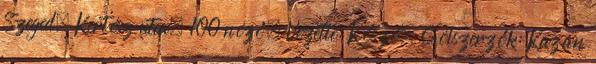
Szeged, Kertész utca, 100 néző. Vezette: Kószó. Gólszerzők: Kazán